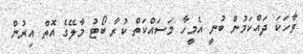
ވާހަކަ ދައްކަމުން ބުނީ އެމީހާ މަސައްކަތް ކުރާ ބޯޓު މާލޭގެ އޮތް އިރުން